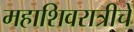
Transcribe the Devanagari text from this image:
महाशिवरात्रीचे